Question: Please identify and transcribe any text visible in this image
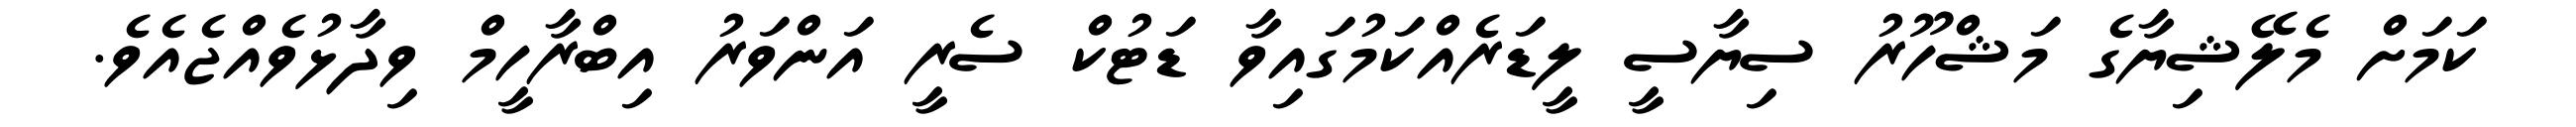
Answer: ކަމަށް މެލޭޝިޔާގެ މަޝްހޫރު ސިޔާސީ ލީޑަރެއްކަމުގައިވާ ޑަޓުކް ސެރީ އަންވަރު އިބްރާހީމް ވިދާޅުވެއްޖެއެވެ.